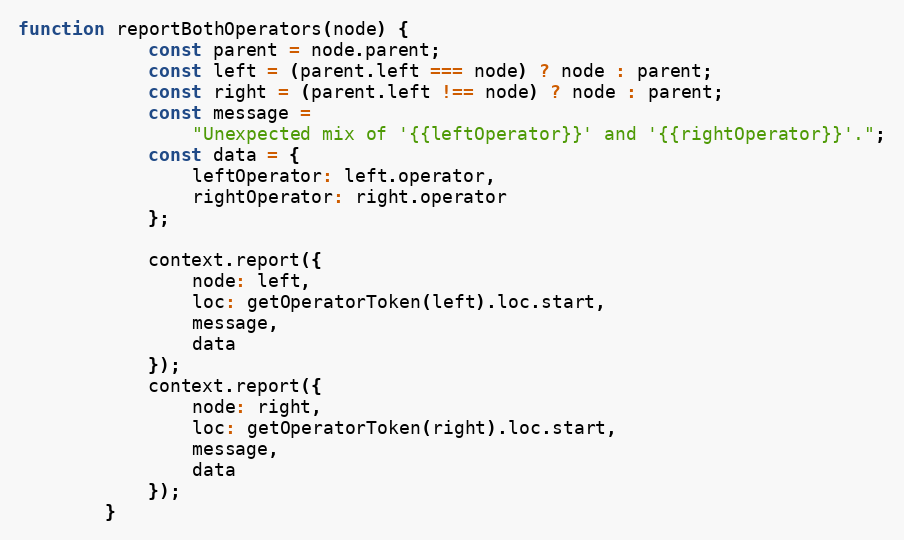
Language: JavaScript
function reportBothOperators(node) {
            const parent = node.parent;
            const left = (parent.left === node) ? node : parent;
            const right = (parent.left !== node) ? node : parent;
            const message =
                "Unexpected mix of '{{leftOperator}}' and '{{rightOperator}}'.";
            const data = {
                leftOperator: left.operator,
                rightOperator: right.operator
            };

            context.report({
                node: left,
                loc: getOperatorToken(left).loc.start,
                message,
                data
            });
            context.report({
                node: right,
                loc: getOperatorToken(right).loc.start,
                message,
                data
            });
        }